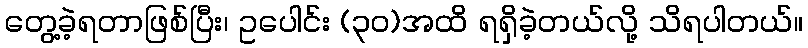
တွေ့ခဲ့ရတာဖြစ်ပြီး၊ ဥပေါင်း (၃၀)အထိ ရရှိခဲ့တယ်လို့ သိရပါတယ်။